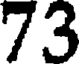
73